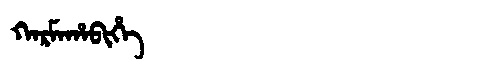
Manchu: ᡴᠠᡵᠮᠠᡥᠠᠪᡳᡥᡝ
Romanization: KARMAHABIHE